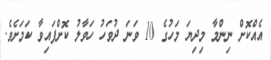
އެއްކޮށް ނިންމާ މިދިޔަ މަހުގެ 10 ވަނަ ދުވަހު ހަވާލު ކޮށްފައިވާ ކަމަށެވެ.